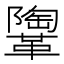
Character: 𩍂